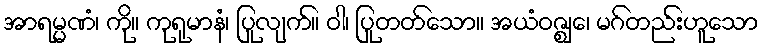
အာရမ္မဏံ၊ ကို။ ကုရုမာနံ၊ ပြုလျက်။ ဝါ၊ ပြုတတ်သော။ အယံဝဇ္ဈေ၊ မဂ်တည်းဟူသော